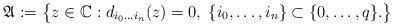
LaTeX: \begin{align*}\mathfrak{A}:= \big\{z\in \mathbb{C}: d_{i_{0}\ldots i_{n}}(z)=0, \; \{i_{0},\ldots,i_{n}\}\subset \{0,\ldots, q\}. \big\}\end{align*}